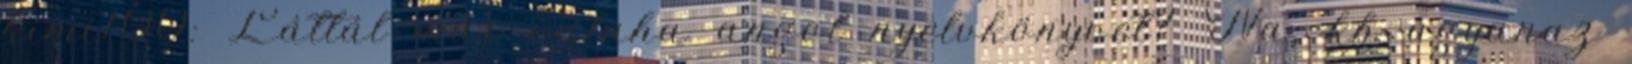
kimi100: Láttál már valaha angol nyelvkönyvet? Na, kb ugyanaz